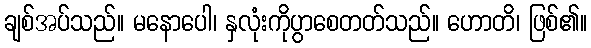
ချစ်အပ်သည်။ မနောပေါ၊ နှလုံးကိုပွာစေတတ်သည်။ ဟောတိ၊ ဖြစ်၏။